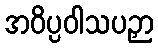
အဝိပ္ပဝါသပဉှာ